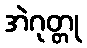
အဲဂုတ္တု